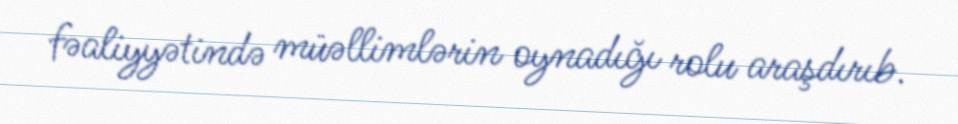
fəaliyyətində müəllimlərin oynadığı rolu araşdırıb.